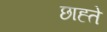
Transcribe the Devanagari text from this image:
छाह्ते